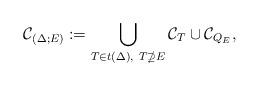
LaTeX: \begin{align*} \mathcal{C}_{(\Delta;E)}:=\bigcup_{T \in t(\Delta),~T \nsupseteq E} \mathcal{C}_T \cup \mathcal{C}_{Q_E},\end{align*}